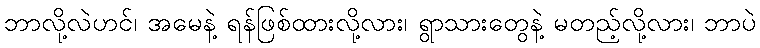
ဘာလို့လဲဟင်၊ အမေနဲ့ ရန်ဖြစ်ထားလို့လား၊ ရွာသားတွေနဲ့ မတည့်လို့လား၊ ဘာပဲ